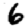
Digit: 6